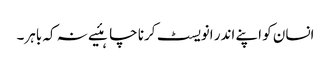
انسان کو اپنے اندر انویسٹ کرنا چاہئیے نہ کہ باہر۔